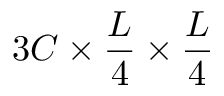
3 C \times \frac { L } { 4 } \times \frac { L } { 4 }